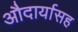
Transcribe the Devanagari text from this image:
औदार्यासह